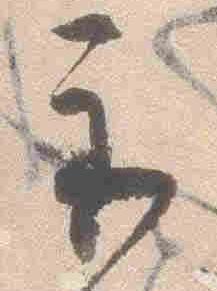
示